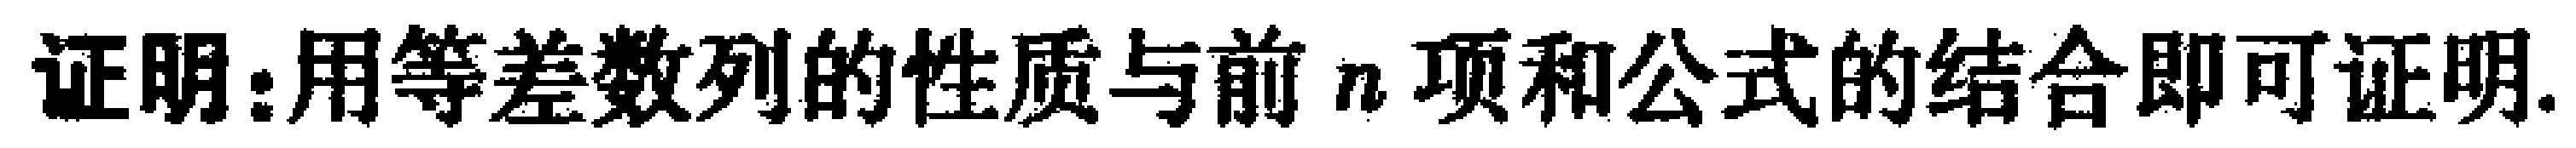
证明：用等差数列的性质与前\(n\)项和公式的结合即可证明.